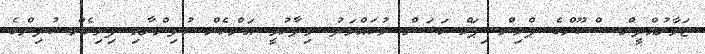
ޖަމާލުއްދީން ސްކޫލްގެ ޕްރިންސިޕަލް ހަސަން މުހައްމަދު ވިދާޅުވީ އަންހެން ކުދިންނާއި ފިރިހެން ކުދިންގެ